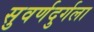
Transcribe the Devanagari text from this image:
सुवर्णदुर्गला